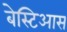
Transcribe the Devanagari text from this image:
बेस्टिआस